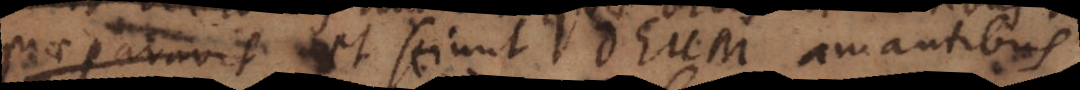
praeparavit; et sciunt Deum amantibus